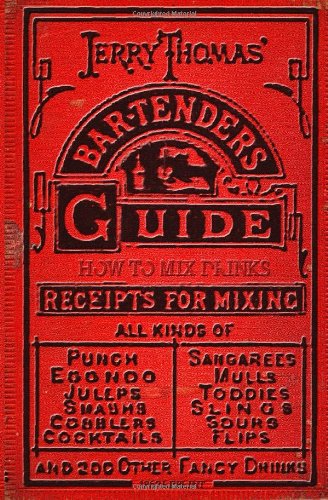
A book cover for Jerry Thomas' Bartenders Guide: How To Mix Drinks 1862 Reprint: A Bon Vivant's Companion; Jerry Thomas; Cookbooks, Food & Wine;